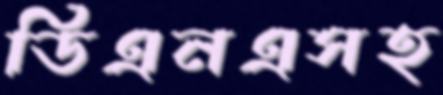
ডিএনএসহ